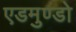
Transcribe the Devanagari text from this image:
एडमुण्डो